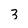
Character: 3